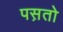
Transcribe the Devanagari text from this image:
पस़तो